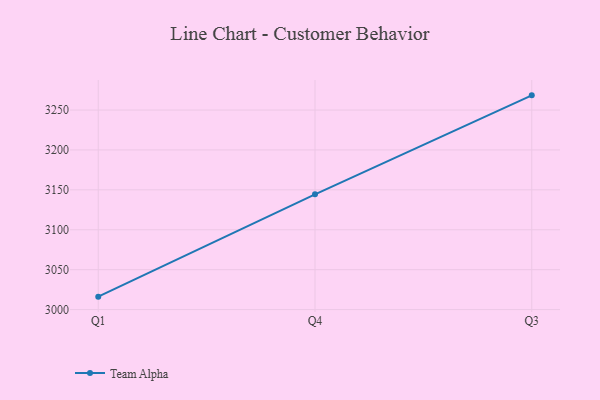
{"axis": {"x": "Quarter", "y": "LTV (USD)"}, "legend": ["Team Alpha"], "data": [{"x": "Q1", "y": 3016.2, "type": "Team Alpha"}, {"x": "Q4", "y": 3144.4, "type": "Team Alpha"}, {"x": "Q3", "y": 3268.4, "type": "Team Alpha"}]}